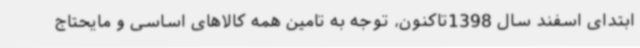
ابتدای اسفند سال 1398تاکنون، توجه به تامین همه کالاهای اساسی و مایحتاج